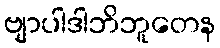
ဗျာပါဒါဘိဘူတေန